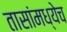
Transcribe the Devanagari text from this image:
तासांमध्येच